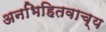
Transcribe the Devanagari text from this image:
अनभिहितवाच्य